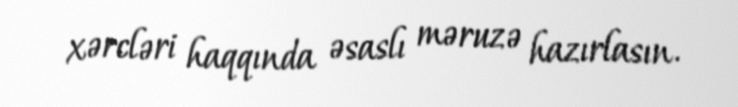
xərcləri haqqında əsaslı məruzə hazırlasın.